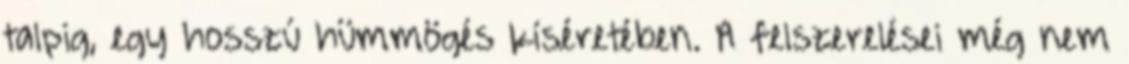
talpig, egy hosszú hümmögés kíséretében. A felszerelései még nem